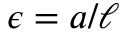
\epsilon = a / \ell